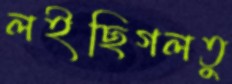
লইছিগলতু